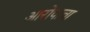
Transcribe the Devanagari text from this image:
आरोपाचा